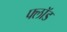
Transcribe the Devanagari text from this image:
फ्लॉड